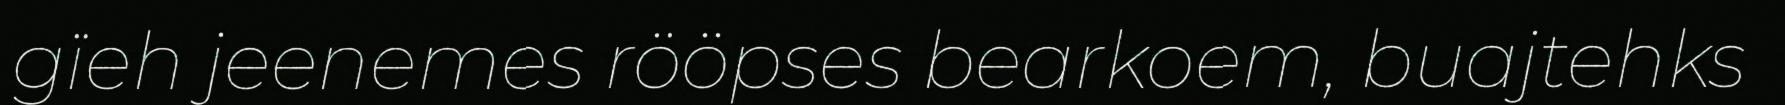
gïeh jeenemes rööpses bearkoem, buajtehks